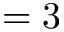
= 3